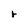
Character: r